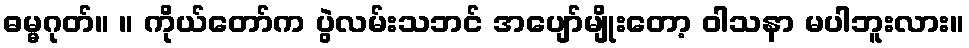
ဓမ္မဂုတ်။ ။ ကိုယ်တော်က ပွဲလမ်းသဘင် အပျော်မျိုးတော့ ဝါသနာ မပါဘူးလား။